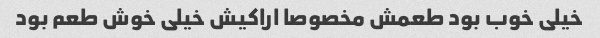
خیلی خوب بود طعمش مخصوصا اراکیش خیلی خوش طعم بود